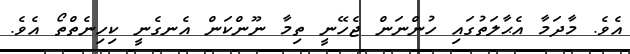
އެވެ. މާދަމާ އެޙާލަތުގައި ހުންނަން ޖެހޭނީ ތިމާ ނޫންކަން އެނގެނީ ކިހިނެތްތޯ އެވެ.